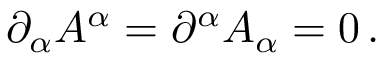
\partial _ { \alpha } A ^ { \alpha } = \partial ^ { \alpha } A _ { \alpha } = 0 \, .